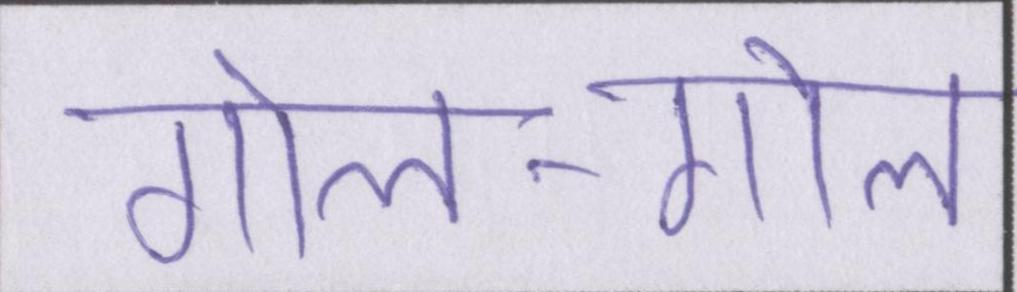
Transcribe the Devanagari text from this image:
गोल-गोल